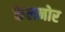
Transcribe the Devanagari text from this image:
केलनोर